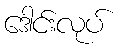
ဒေါင်းလုပ်